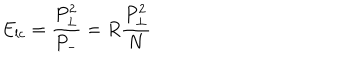
LaTeX: E _ { l c } = { \frac { P _ { \perp } ^ { 2 } } { P _ { - } } } = R { \frac { P _ { \perp } ^ { 2 } } { N } }